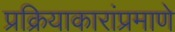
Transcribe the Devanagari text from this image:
प्रक्रियाकारांप्रमाणे